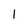
Character: I